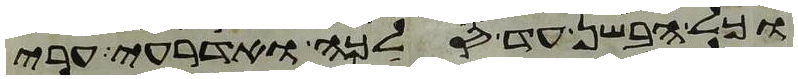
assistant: וכל הבשן עד סלכה ואדרעי ערי